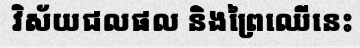
វិស័យជលផល និងព្រៃឈើនេះ